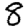
Digit: 8